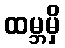
ထမ္ဘမှိ